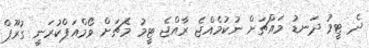
ދެ ޓީމު ދަނޑު މައްޗަށް ނުކުމެއްޖެ ރާއްޖެ ޓީމު މެޗަށް ވޯމްއަޕްކުރަނީ ގުރޫޕް